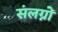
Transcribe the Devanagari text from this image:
संलग्नो